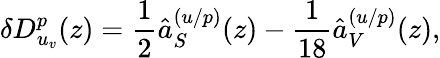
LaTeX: \delta D_{u_{v}}^{p}(z)=\frac{1}{2}\hat{a}_{S}^{(u/p)}(z)-\frac{1}{18}\hat{a}_{V}^{(u/p)}(z),